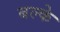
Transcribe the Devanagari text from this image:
बल्के